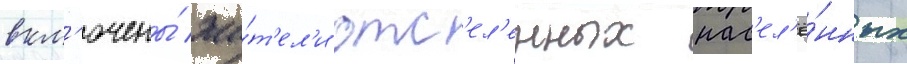
вкл'ючены́ жи́т'ел'и отс'ел'енных нас'ел'ё́нных